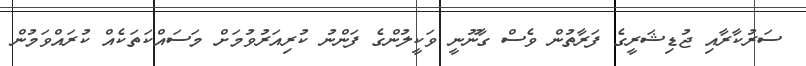
ސަރުކާރާއި ޖުޑިޝަރީގެ ފަރާތުން ވެސް ގާނޫނީ ވަކީލުންގެ ފަންނު ކުރިއަރުވުމަށް މަސައްކަތަކެއް ކުރައްވަމުން